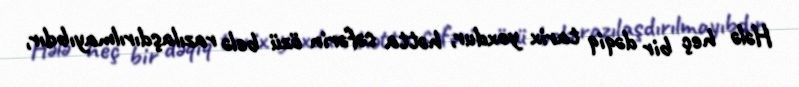
Hələ heç bir dəqiq tarix yoxdur, hətta səfərin özü belə razılaşdırılmayıbdır,